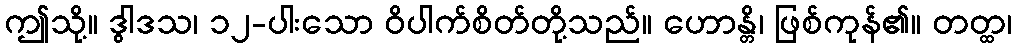
ဤသို့။ ဒွါဒသ၊ ၁၂-ပါးသော ဝိပါက်စိတ်တို့သည်။ ဟောန္တိ၊ ဖြစ်ကုန်၏။ တတ္ထ၊